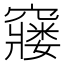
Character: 𮄙